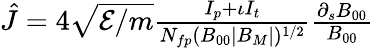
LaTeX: \begin{array}{r}{\hat{J}=4\sqrt{{\cal E}/m}\frac{I_{p}+\iota I_{t}}{N_{fp}(B_{00}|B_{M}|)^{1/2}}\frac{\partial_{s}B_{00}}{B_{00}}\, }\end{array}